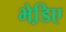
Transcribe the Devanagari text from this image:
भेडि़ए